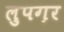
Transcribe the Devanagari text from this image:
लुपग़र